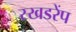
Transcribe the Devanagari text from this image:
स्खडरेंप